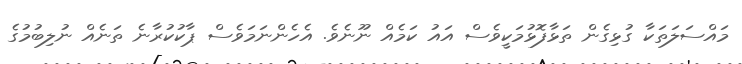
މައްސަލަތަކާ ގުޅިގެން ތަޅާފޮޅުމަކީވެސް އައު ކަމެއް ނޫނެވެ. އެހެންނަމަވެސް ޕާކުކުރާނެ ތަނެއް ނުލިބުމުގެ